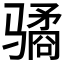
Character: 𱅫